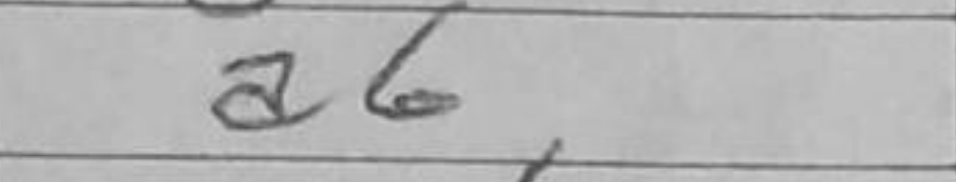
Transcription: a6